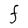
Character: F